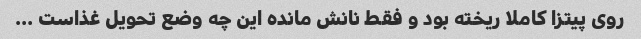
روی پیتزا کاملا ریخته بود و فقط نانش مانده این چه وضع تحویل غذاست …